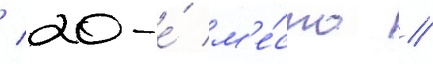
/ 20-е́ м'е́сто //